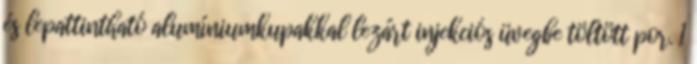
és lepattintható alumíniumkupakkal lezárt injekciós üvegbe töltött por. 1